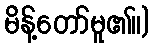
မိန့်တော်မူ၏။)